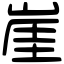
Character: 崖